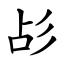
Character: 㣌